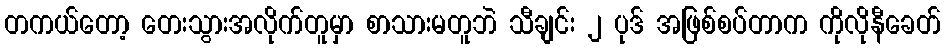
တကယ်တော့ တေးသွားအလိုက်တူမှာ စာသားမတူဘဲ သီချင်း ၂ ပုဒ် အဖြစ်စပ်တာက ကိုလိုနီခေတ်